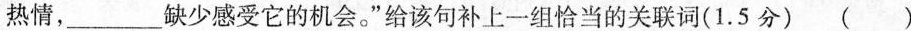
热情，___缺少感受它的机会。”给该句补上一组恰当的关联词(1.5分) ( )